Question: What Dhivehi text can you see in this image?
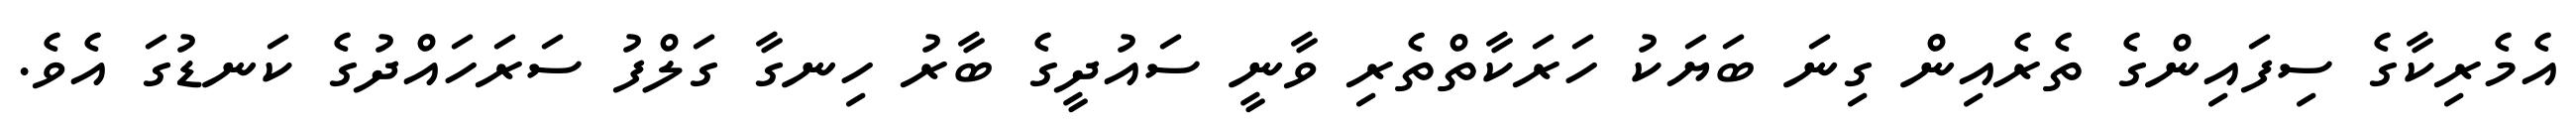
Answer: އެމެރިކާގެ ސިފައިންގެ ތެރެއިން ގިނަ ބަޔަކު ހަރަކާތްތެރި ވާނީ ސައުދީގެ ބާރު ހިނގާ ގަލްފު ސަރަހައްދުގެ ކަނޑުގަ އެވެ.